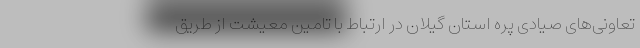
تعاونی‌های صیادی پره استان گیلان در ارتباط با تامین معیشت از طریق